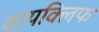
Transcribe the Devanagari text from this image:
वायक्लिफ